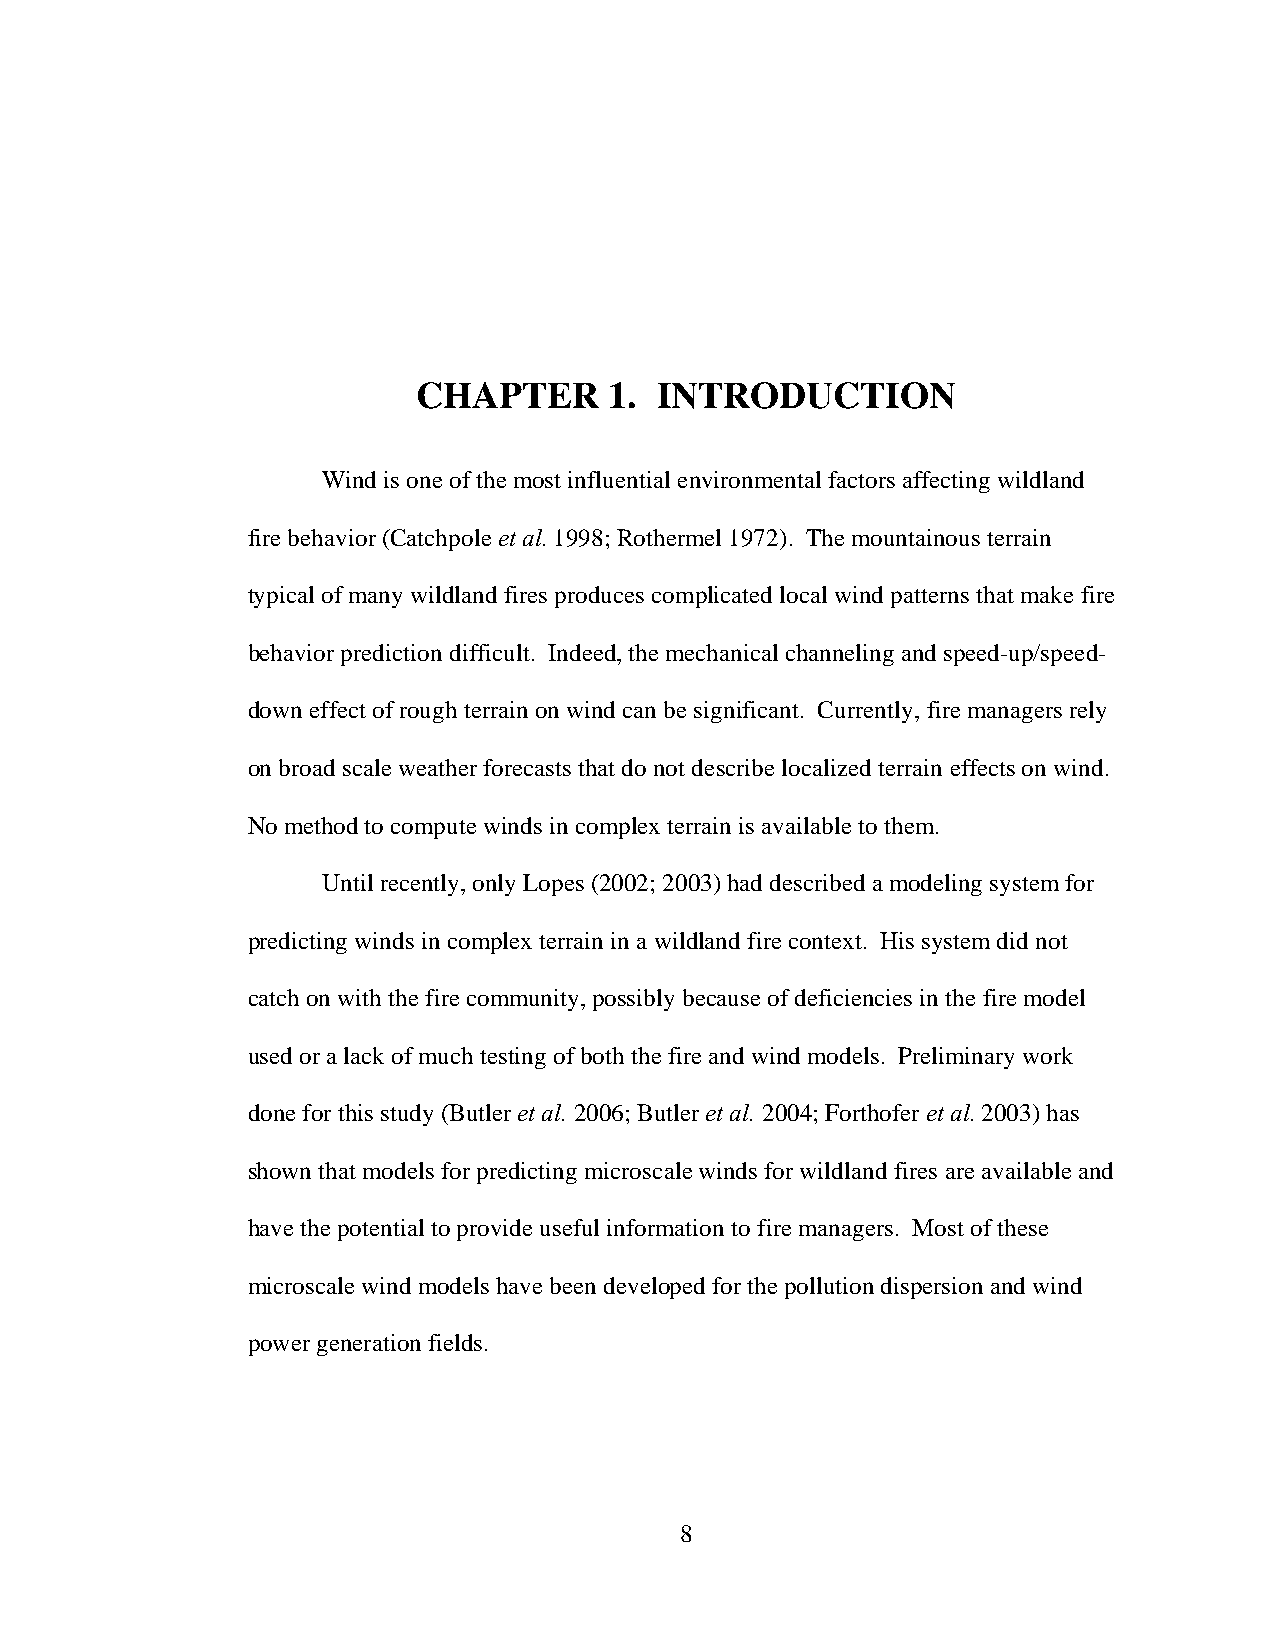
CHAPTER     1. INTRODUCTION
 Wind is one of the most influential environmental factors affecting wildland
 fire behavior (Catchpole et al. 1998; Rothermel 1972). The mountainous terrain
 typical of many wildland fires produces complicated local wind patterns that make fire
 behavior prediction difficult. Indeed, the mechanical channeling and speed-up/speed-
 down effect of rough terrain on wind can be significant. Currently, fire managers rely
 on broad scale weather forecasts that do not describe localized terrain effects on wind.
 No method to compute winds in complex terrain is available to them.
 Until recently, only Lopes (2002; 2003) had described a modeling system for
 predicting winds in complex terrain in a wildland fire context. His system did not
 catch on with the fire community, possibly because of deficiencies in the fire model
 used or a lack of much testing of both the fire and wind models. Preliminary work
 done for this study (Butler et al. 2006; Butler et al. 2004; Forthofer et al. 2003) has
 shown that models for predicting microscale winds for wildland fires are available and
 have the potential to provide useful information to fire managers. Most of these
 microscale wind models have been developed for the pollution dispersion and wind
 power generation fields.
 8